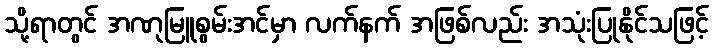
သို့ရာတွင် အဏုမြူစွမ်းအင်မှာ လက်နက် အဖြစ်လည်း အသုံးပြုနိုင်သဖြင့်